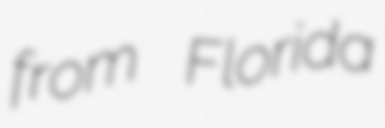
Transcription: from Florida